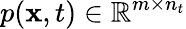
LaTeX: p(\mathbf{x},t)\in\mathbb{R}^{m\times n_{t}}